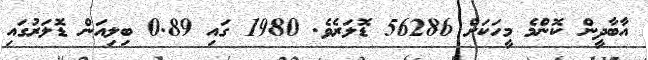
އާބާދީން ކޮންމެ މީހަކަށް 56286 ޑޮލަރެވެ. 1980 ގައި 0.89 ބިލިއަން ޑޮލަރުގައި